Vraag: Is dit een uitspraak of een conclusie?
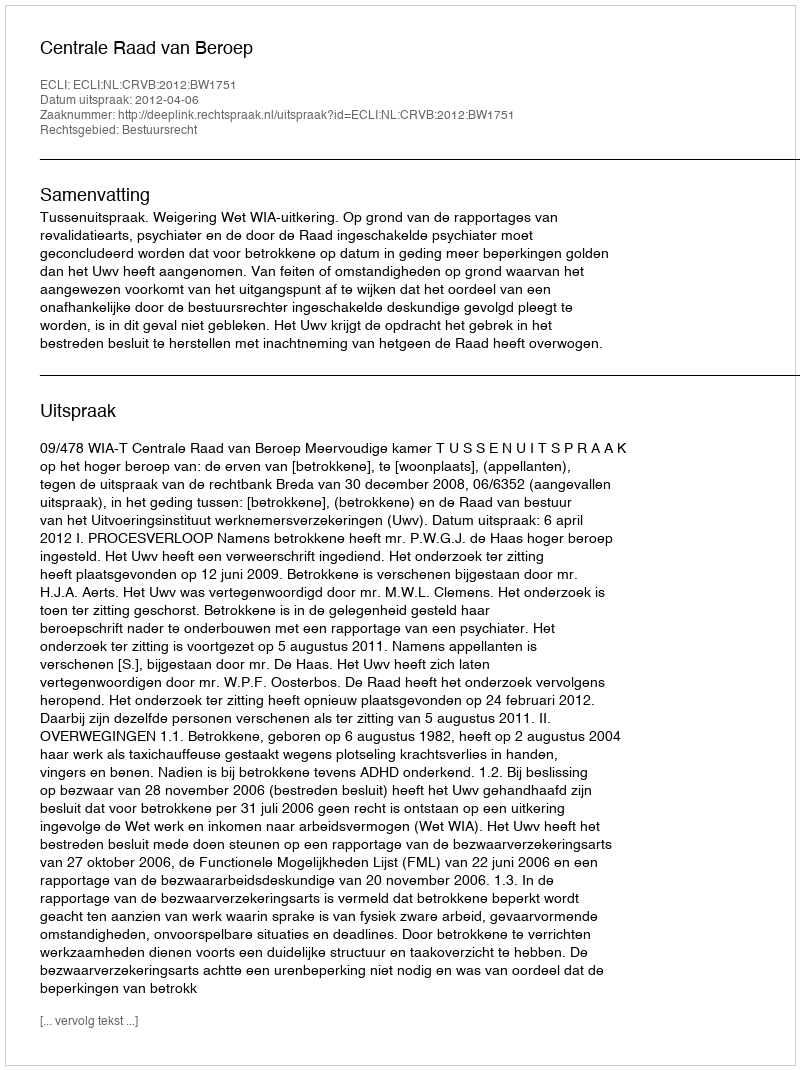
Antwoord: Uitspraak